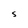
Character: S